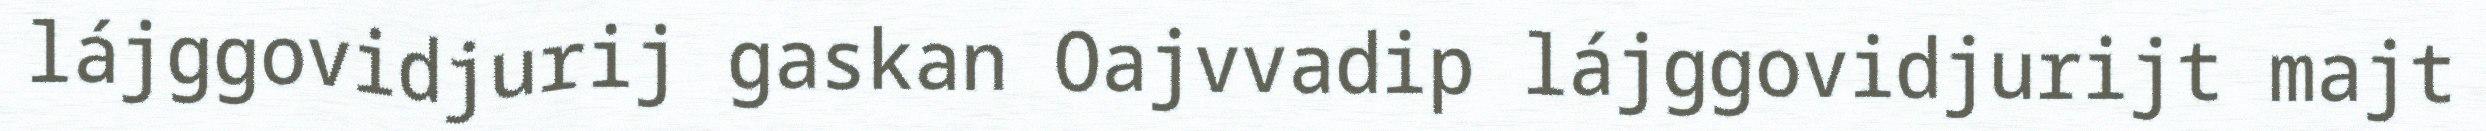
lájggovidjurij gaskan Oajvvadip lájggovidjurijt majt